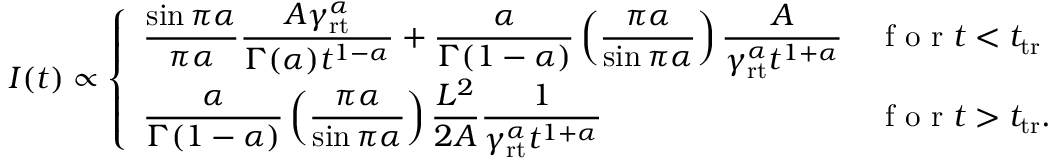
\begin{array} { r } { I ( t ) \propto \left\{ \begin{array} { l l } { \displaystyle \frac { \sin \pi \alpha } { \pi \alpha } \frac { A \gamma _ { \mathrm { r t } } ^ { \alpha } } { \Gamma ( \alpha ) t ^ { 1 - \alpha } } + \frac { \alpha } { \Gamma ( 1 - \alpha ) } \left( \frac { \pi \alpha } { \sin \pi \alpha } \right) \frac { A } { \gamma _ { \mathrm { r t } } ^ { \alpha } t ^ { 1 + \alpha } } } & { \mathrm { ~ f ~ o ~ r ~ } t < t _ { \mathrm { t r } } } \\ { \displaystyle \frac { \alpha } { \Gamma ( 1 - \alpha ) } \left( \frac { \pi \alpha } { \sin \pi \alpha } \right) \frac { L ^ { 2 } } { 2 A } \frac { 1 } { \gamma _ { \mathrm { r t } } ^ { \alpha } t ^ { 1 + \alpha } } } & { \mathrm { ~ f ~ o ~ r ~ } t > t _ { \mathrm { t r } } . } \end{array} \right. } \end{array}